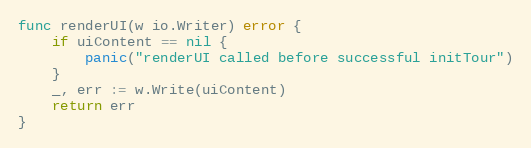
Language: Go
func renderUI(w io.Writer) error {
	if uiContent == nil {
		panic("renderUI called before successful initTour")
	}
	_, err := w.Write(uiContent)
	return err
}